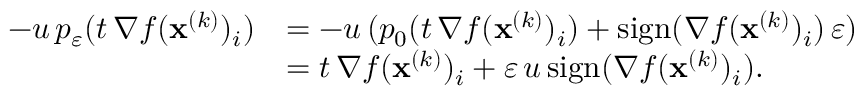
\begin{array} { r l } { - u \, p _ { \varepsilon } ( t \, \nabla f ( \mathbf { x } ^ { ( k ) } ) _ { i } ) } & { = - u \, ( p _ { 0 } ( t \, \nabla f ( \mathbf { x } ^ { ( k ) } ) _ { i } ) + \mathrm { s i g n } ( \nabla f ( \mathbf { x } ^ { ( k ) } ) _ { i } ) \, \varepsilon ) } \\ & { = t \, \nabla f ( \mathbf { x } ^ { ( k ) } ) _ { i } + \varepsilon \, u \, \mathrm { s i g n } ( \nabla f ( \mathbf { x } ^ { ( k ) } ) _ { i } ) . } \end{array}